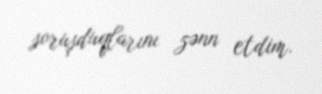
soruşduqlarını zənn etdim.